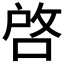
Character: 啓